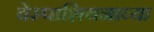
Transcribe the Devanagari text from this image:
वेस्पाशियनाच्या